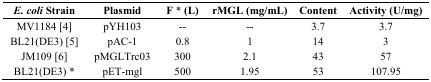
<table><thead><tr><td><b><i>E. coli</i> Strain</b></td><td><b>Plasmid</b></td><td><b>F * (L)</b></td><td><b>rMGL (mg/mL)</b></td><td><b>Content</b></td><td><b>Activity (U/mg)</b></td></tr></thead><tbody><tr><td>MV1184 [4]</td><td>pYH103</td><td>--</td><td>--</td><td>3.7</td><td>3.7</td></tr><tr><td>BL21(DE3) [5]</td><td>pAC-1</td><td>0.8</td><td>1</td><td>14</td><td>3</td></tr><tr><td>JM109 [6]</td><td>pMGLTrc03</td><td>300</td><td>2.1</td><td>43</td><td>57</td></tr><tr><td>BL21(DE3) *</td><td>pET-mgl</td><td>500</td><td>1.95</td><td>53</td><td>107.95</td></tr></tbody></table>